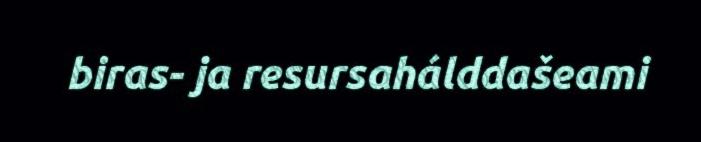
biras- ja resursahálddašeami